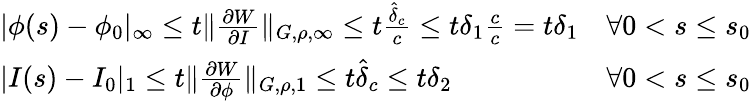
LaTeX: \begin{array}{lr}{|\phi(s)-\phi_{0}|_{\infty}\leq t\| \frac{\partial W}{\partial I}\| _{G,\rho,\infty}\leq t\frac{\hat{\delta}_{c}}{c}\leq t\delta_{1}\frac{c}{c}=t\delta_{1}}&{\forall 0<s\leq s_{0}}\\ {|I(s)-I_{0}|_{1}\leq t\| \frac{\partial W}{\partial\phi}\| _{G,\rho,1}\leq t\hat{\delta}_{c}\leq t\delta_{2}}&{\forall 0<s\leq s_{0}}\end{array}